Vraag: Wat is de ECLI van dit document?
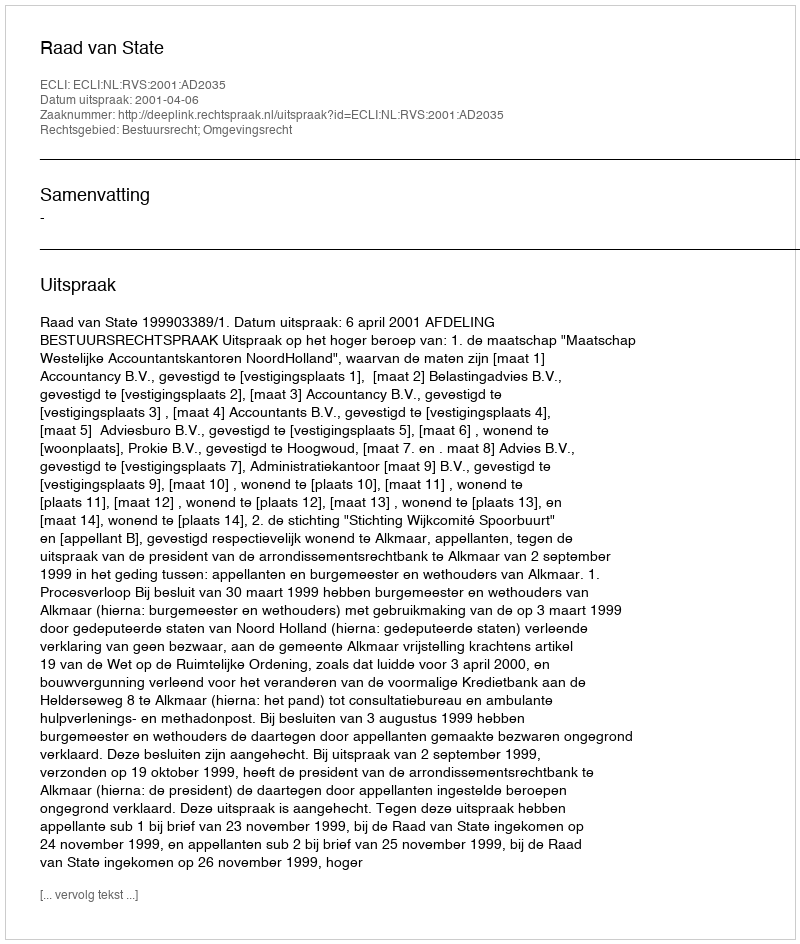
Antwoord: ECLI:NL:RVS:2001:AD2035